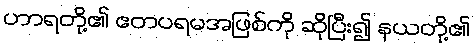
ဟာရတို့၏ ဧတပရမအဖြစ်ကို ဆိုပြီး၍ နယတို့၏